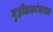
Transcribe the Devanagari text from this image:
गृहीतकांबाबत